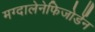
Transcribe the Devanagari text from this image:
मग्दालेनेफिजोर्डेन